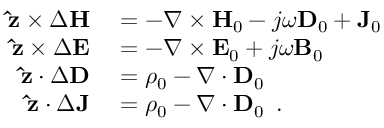
\begin{array} { r l } { \mathbf { \hat { z } } \times \Delta \mathbf { H } } & { { } = - \nabla \times \mathbf { H } _ { 0 } - j \omega \mathbf { D } _ { 0 } + \mathbf { J } _ { 0 } } \\ { \mathbf { \hat { z } } \times \Delta \mathbf { E } } & { { } = - \nabla \times \mathbf { E } _ { 0 } + j \omega \mathbf { B } _ { 0 } } \\ { \mathbf { \hat { z } } \cdot \Delta \mathbf { D } } & { { } = \rho _ { 0 } - \nabla \cdot \mathbf { D } _ { 0 } } \\ { \mathbf { \hat { z } } \cdot \Delta \mathbf { J } } & { { } = \rho _ { 0 } - \nabla \cdot \mathbf { D } _ { 0 } \ \, . } \end{array}